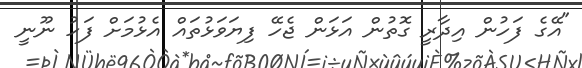
"އޭގެ ފަހުން އިދާރީ ގޮތުން އަޅަން ޖެހޭ ފިޔަވަޅުތައް އެޅުމަށް ފަހު ނޫނީ